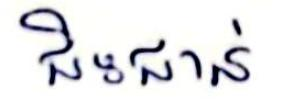
ជិះជាន់